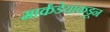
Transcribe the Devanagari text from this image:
मार्कंडेयांकडून